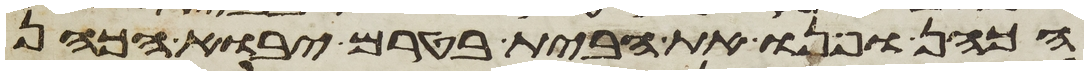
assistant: הכהן ופנו את הבית בטרם יבוא הכהן